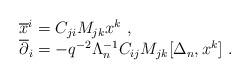
LaTeX: \begin{align*}\begin{array}{l}{\overline x^i}=C_{ji}M_{jk}x^k~,\\{\overline \partial_i}=-q^{-2}\Lambda_{n}^{-1}C_{ij}M_{jk}[\Delta_n,x^k]~.\end{array}\end{align*}